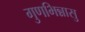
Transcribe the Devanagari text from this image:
गुणभिन्नासु